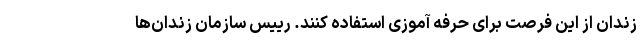
زندان از این فرصت برای حرفه آموزی استفاده کنند. رییس سازمان زندان‌ها